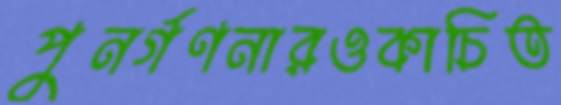
পুনর্গণনারওকাচিত